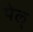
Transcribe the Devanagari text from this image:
पेल्